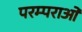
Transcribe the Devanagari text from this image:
परम्‍पराओं